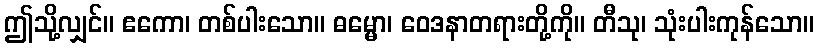
ဤသို့လျှင်။ ဧကော၊ တစ်ပါးသော။ ဓမ္မော၊ ဝေဒနာတရားတို့ကို။ တီသု၊ သုံးပါးကုန်သော။